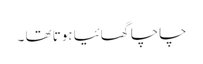
چاچا گھائیا ہوتا تھا ۔